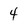
Character: 4